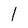
Character: 1